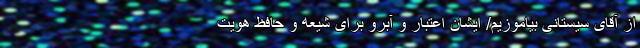
از آقای سیستانی بیاموزیم/ ایشان اعتبار و آبرو برای شیعه و حافظ هویت